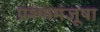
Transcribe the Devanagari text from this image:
प्रश्णमंजूषा